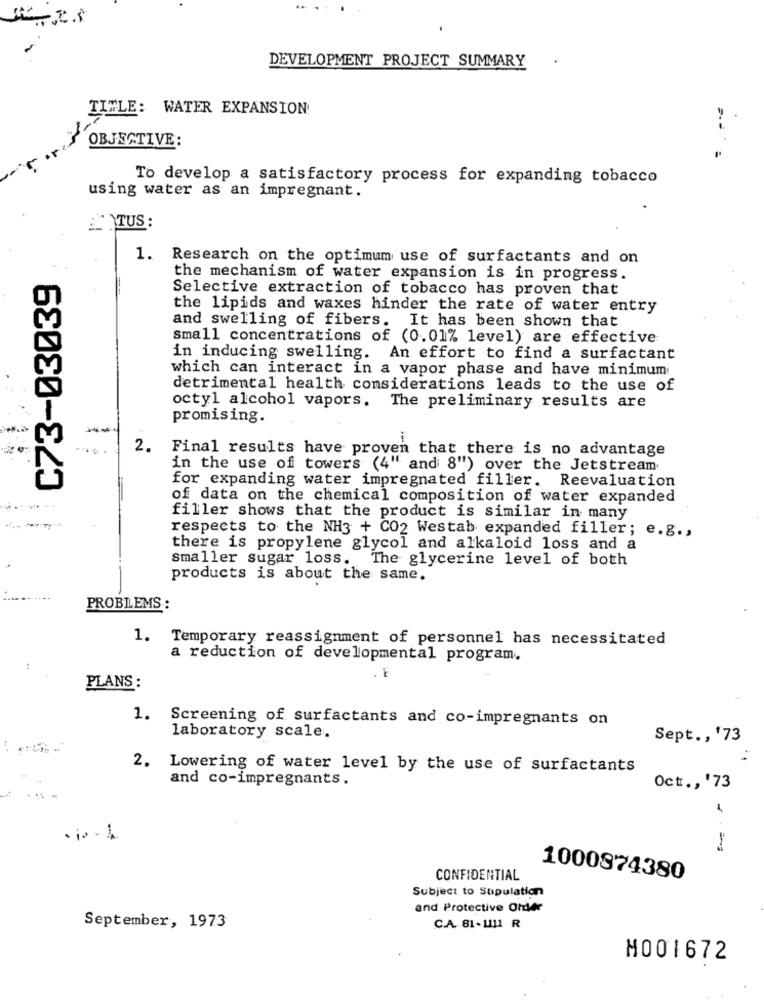
-
DEVELOPMENT PROJECT SUMMARY
.
TITLE: WATER EXPANSION!
=-
OBJECTIVE:
To develop a satisfactory process for expanding tobacco
using water as an impregnant.
TUS :
1. Research on the optimum use of surfactants and on
C73-03039
the mechanism of water expansion is in progress.
Selective extraction of tobacco has proven that
the lipids and waxes hinder the rate of water entry
and swelling of fibers. It has been shown that
small concentrations of (0.01% level) are effective
in inducing swelling. An effort to find a surfactant
which can interact in a vapor phase and have minimum
detrimental health considerations leads to the use of
octyl alcohol vapors. The preliminary results are
promising.
2. Final results have proven that there is no advantage
in the use of towers (4" and 8") over the Jetstream
for expanding water impregnated filler. Reevaluation
of data on the chemical composition of water expanded
------
filler shows that the product is similar in many
respects to the NH3 + CO2 Westab expanded filler; e.g .,
there is propylene glycol and alkaloid loss and a
smaller sugar loss. The glycerine level of both
products is about the same.
PROBLEMS :
1. Temporary reassignment of personnel has necessitated
a reduction of developmental program.
:
PLANS :
1.
Screening of surfactants and co-impregnants on
laboratory scale.
Sept ., '73
2. Lowering of water level by the use of surfactants
and co-impregnants.
Oct ., '73
·is - 1.
CONFIDENTIAL
1000874380
Subject to Supulation
and Protective Ohtyr
September, 1973
C.A. 81-1111 R
M001672